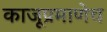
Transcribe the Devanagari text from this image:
काजूप्रमाणेच